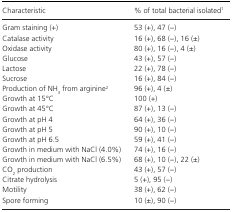
<table><thead><tr><td><b>Characteristic</b></td><td><b>% of total bacterial isolated1</b></td></tr></thead><tbody><tr><td>Gram staining (+)</td><td>53 (+), 47 (−)</td></tr><tr><td>Catalase activity</td><td>16 (+), 68 (−), 16 (±)</td></tr><tr><td>Oxidase activity</td><td>80 (+), 16 (−), 4 (±)</td></tr><tr><td>Glucose</td><td>43 (+), 57 (−)</td></tr><tr><td>Lactose</td><td>22 (+), 78 (−)</td></tr><tr><td>Sucrose</td><td>16 (+), 84 (−)</td></tr><tr><td>Production of NH<sub>3</sub> from arginine2</td><td>96 (+), 4 (±)</td></tr><tr><td>Growth at 15°C</td><td>100 (+)</td></tr><tr><td>Growth at 45°C</td><td>87 (+), 13 (−)</td></tr><tr><td>Growth at pH 4</td><td>64 (+), 36 (−)</td></tr><tr><td>Growth at pH 5</td><td>90 (+), 10 (−)</td></tr><tr><td>Growth at pH 6.5</td><td>59 (+), 41 (−)</td></tr><tr><td>Growth in medium with NaCl (4.0%)</td><td>74 (+), 16 (−)</td></tr><tr><td>Growth in medium with NaCl (6.5%)</td><td>68 (+), 10 (−), 22 (±)</td></tr><tr><td>CO<sub>2</sub> production</td><td>43 (+), 57 (−)</td></tr><tr><td>Citrate hydrolysis</td><td>5 (+), 95 (−)</td></tr><tr><td>Motility</td><td>38 (+), 62 (−)</td></tr><tr><td>Spore forming</td><td>10 (±), 90 (−)</td></tr></tbody></table>